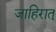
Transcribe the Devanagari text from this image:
जाहिरात्